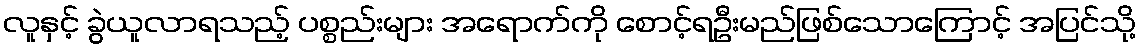
လူနှင့် ခွဲယူလာရသည့် ပစ္စည်းများ အရောက်ကို စောင့်ရဦးမည်ဖြစ်သောကြောင့် အပြင်သို့